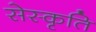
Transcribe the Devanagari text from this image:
सेस्कृति